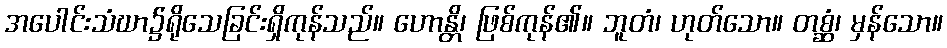
အပေါင်းသံဃာ၌ရိုသေခြင်းရှိကုန်သည်။ ဟောန္တိ၊ ဖြစ်ကုန်၏။ ဘူတံ၊ ဟုတ်သော။ တစ္ဆံ၊ မှန်သော။